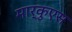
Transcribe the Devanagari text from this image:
मार्कुएस